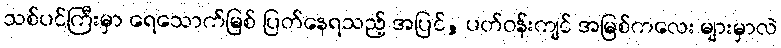
သစ်ပင်ကြီးမှာ ရေသောက်မြစ် ပြတ်နေရသည့် အပြင်, ပတ်ဝန်းကျင် အမြစ်ကလေး များမှာလဲ